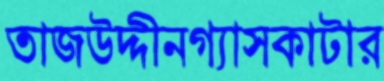
তাজউদ্দীনগ্যাসকাটার